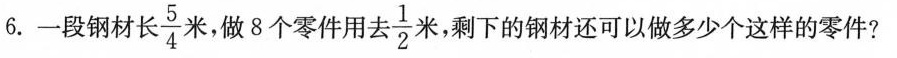
6.一段钢材长 $$\frac{5}{4}$$ 米，做8个零件用去 $$\frac{1}{2}$$ 米，剩下的钢材还可以做多少个这样的零件?